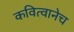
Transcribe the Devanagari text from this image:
कवित्वानेच